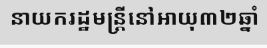
នាយករដ្ឋមន្ត្រីនៅអាយុ៣២ឆ្នាំ